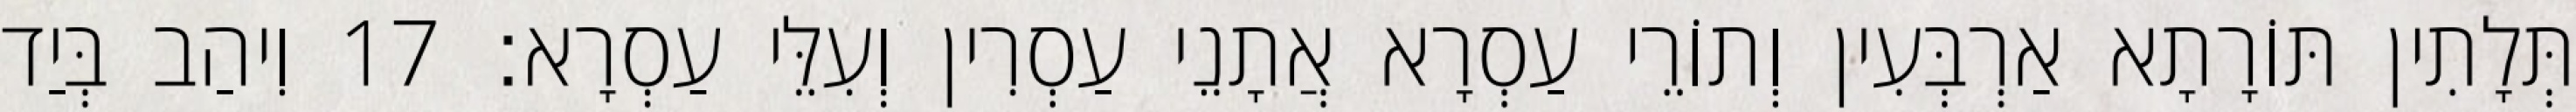
תְּלָתִין תּוֹרָתָא אַרְבְּעִין וְתוֹרֵי עַסְרָא אֲתָנֵי עַסְרִין וְעִלֵּי עַסְרָא׃ 17 וִיהַב בְּיַד